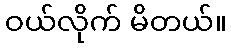
ဝယ်လိုက် မိတယ်။